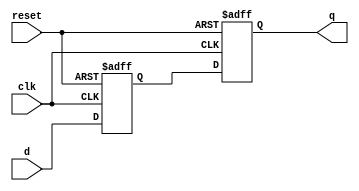
module d_flip_flop (
    input wire clk,
    input wire reset,
    input wire d,
    output reg q
);

reg d_latched;

always @(posedge clk or posedge reset) begin
    if (reset) begin
        d_latched <= 1'b0;
    end else begin
        d_latched <= d;
    end
end

always @(posedge clk or posedge reset) begin
    if (reset) begin
        q <= 1'b0;
    end else begin
        q <= d_latched;
    end
end

endmodule